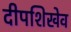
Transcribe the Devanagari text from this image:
दीपशिखेव